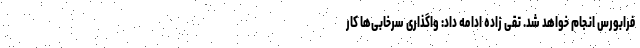
فرابورس انجام خواهد شد. تقی زاده ادامه داد: واگذاری سرخابی‌ها کار